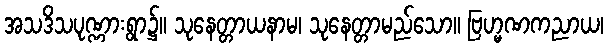
အသဒိသပုဏ္ဏားရွာ၌။ သုနေတ္တာယနာမ၊ သုနေတ္တာမည်သော။ ဗြဟ္မဏကညာယ၊